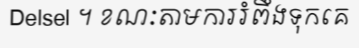
Delsel ។ ខណៈតាមការរំពឹងទុកគេ